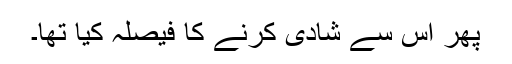
پھر اس سے شادی کرنے کا فیصلہ کیا تھا۔